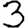
Digit: 3